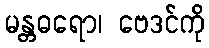
မန္တဓရော၊ ဗေဒင်ကို